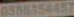
0586154457